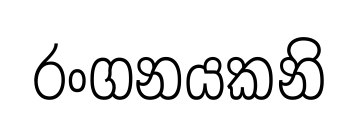
රංගනයකනි